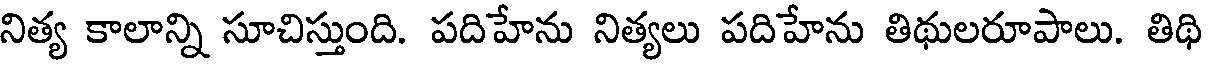
నిత్య కాలాన్ని సూచిస్తుంది. పదిహేను నిత్యలు పదిహేను తిథులరూపాలు. తిథి